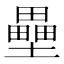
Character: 壘